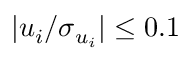
| u _ { i } / \sigma _ { u _ { i } } | \leq 0 . 1